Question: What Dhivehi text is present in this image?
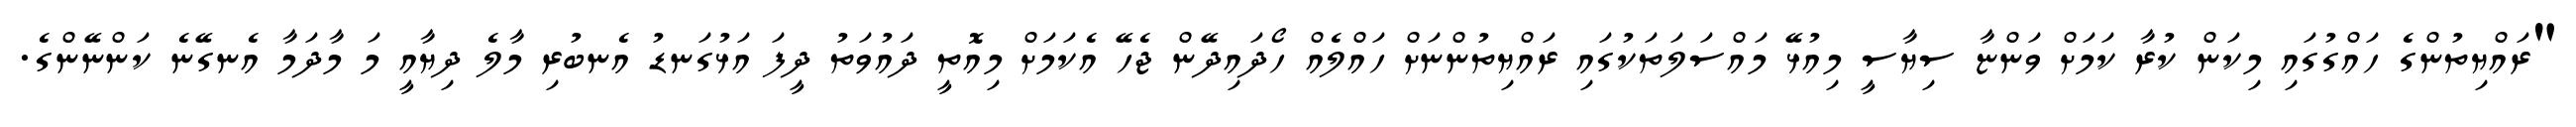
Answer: "ރައްޔިތުންގެ ހައްގުގައި މިކަން ކުރާ ކަމަށް ވަންޏާ ސިޔާސީ މިއުޅޭ މައްސަލަތަކުގައި ރައްޔިތުންނަށް ހައްލެއް ހޯދައިދޭން ޖެހޭ އެކަމަށް މިއޮތީ ދައުވަތު ދީފަ އަޅުގަނޑު އެނބުރި މާލެ ދިޔާއީ މަ މާދަމާ އެނގޭނެ ކަންނޭންގެ.